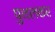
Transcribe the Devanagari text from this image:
पुथलकर